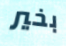
بخير